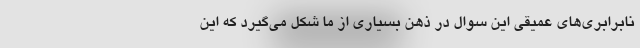
نابرابری‌های عمیقی این سوال در ذهن بسیاری از ما شکل می‌گیرد که این